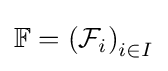
\mathbb {F} =\left({\mathcal {F}}_{i}\right)_{i\in I}